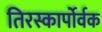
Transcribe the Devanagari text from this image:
तिरस्कार्पोर्वक